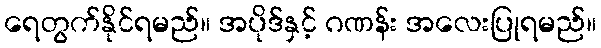
ရေတွက်နိုင်ရမည်။ အပိုဒ်နှင့် ဂဏန်း အလေးပြုရမည်။